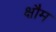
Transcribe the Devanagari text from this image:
क्षौम